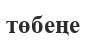
төбеңе